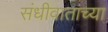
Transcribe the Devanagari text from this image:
संधीवाताच्या